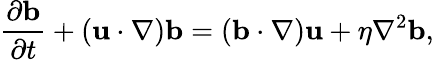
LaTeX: \frac{\partial{\mathbf{b}}}{\partial t}+({\mathbf{u}}\cdot\nabla){\mathbf{b}}=({\mathbf{b}}\cdot\nabla){\mathbf{u}}+\eta\nabla^{2}{\mathbf{b}},